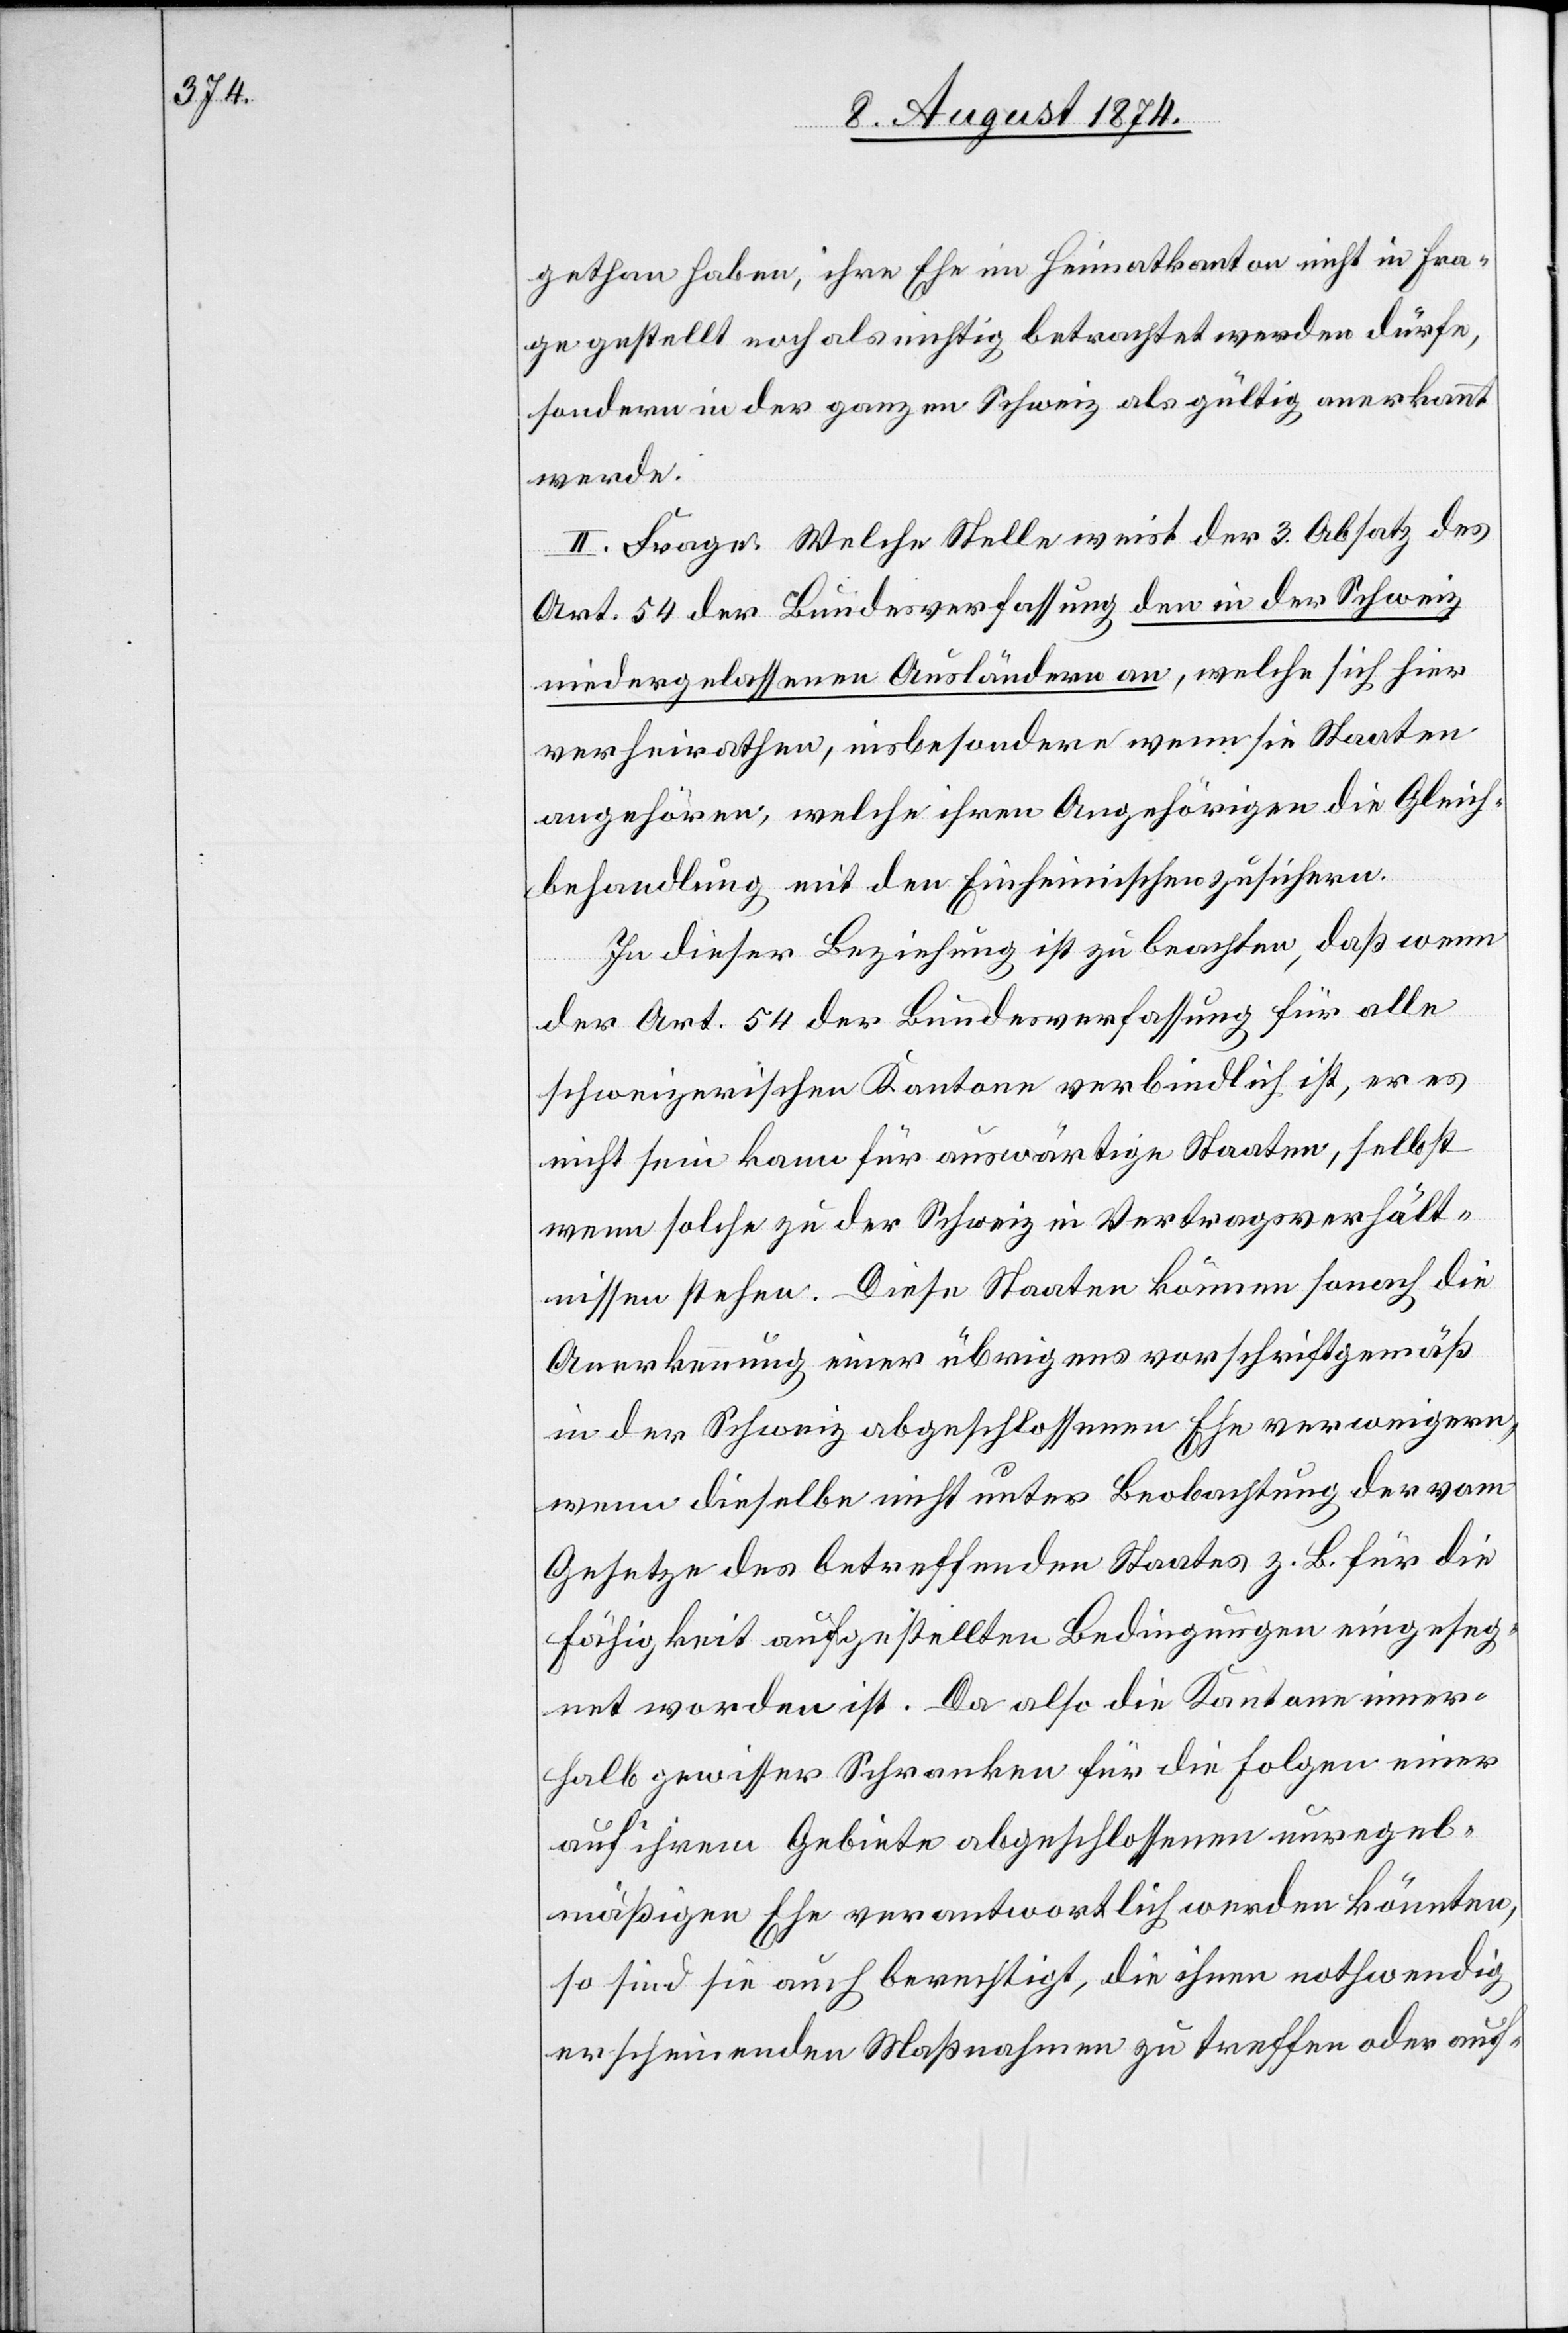
gethan haben, ihre Ehe im Heimatkanton nicht in Fra¬
ge gestellt noch als nichtig betrachtet werden dürfe,
sondern in der ganzen Schweiz als gültig anerkannt
werde.
II. Frage: Welche Stelle weist der 3. Absatz des
Art. 54 der Bundesverfassung den in der Schweiz
niedergelassenen Ausländern an, welche sich hier
verheirathen, insbesondere wenn sie Staaten
angehören, welche ihren Angehörigen die Gleich¬
behandlung mit den Einheimischen zusichern.
In dieser Beziehung ist zu beachten, daß wenn
der Art. 54 der Bundesverfassung für alle
schweizerischen Kantone verbindlich ist, er es
nicht sein kann für auswärtige Staaten, selbst
wenn solche zu der Schweiz in Vertragsverhält¬
nissen stehen. Diese Staaten können sonach die
Anerkennung einer übrigens vorschriftgemäß
in der Schweiz abgeschlossenen Ehe verweigern,
wenn dieselbe nicht unter Beobachtung der vom
Gesetze des betreffenden Staates z. B. für die
Fähigkeit aufgestellten Bedingungen eingeseg¬
net worden ist. Da also die Kantone inner¬
halb gewisser Schranken für die Folgen einer
auf ihrem Gebiete abgeschlossenen unregel¬
mäßigen Ehe verantwortlich werden könnten,
so sind sie auch berechtigt, die ihnen nothwendig
erscheinenden Maßnahmen zu treffen oder auf-